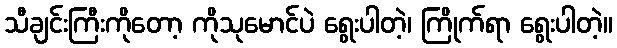
သီချင်းကြီးကိုတော့ ကိုသုမောင်ပဲ ရွေးပါတဲ့၊ ကြိုက်ရာ ရွေးပါတဲ့။